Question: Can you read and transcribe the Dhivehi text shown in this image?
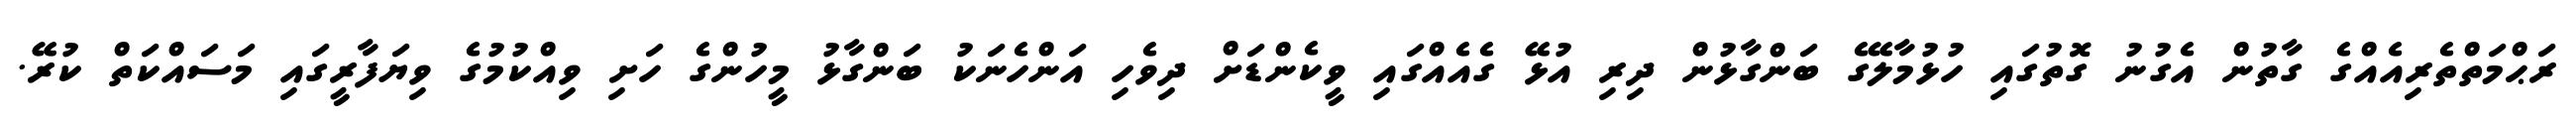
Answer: ރަޙްމަތްތެރިއެއްގެ ގާތުން އެގުނު ގޮތުގައި ހުޅުމާލޭގެ ބަންގާޅުން ދިރި އުޅޭ ގެއެއްގައި ވީކެންޑަށް ދިވެހި އަންހެނަކު ބަންގާޅު މީހުންގެ ހަށި ވިއްކުމުގެ ވިޔަފާރީގައި މަސައްކަތް ކުރޭ.